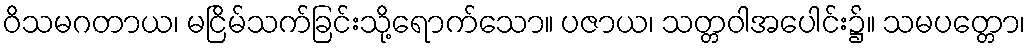
ဝိသမဂတာယ၊ မငြိမ်သက်ခြင်းသို့ရောက်သော။ ပဇာယ၊ သတ္တဝါအပေါင်း၌။ သမပတ္တော၊